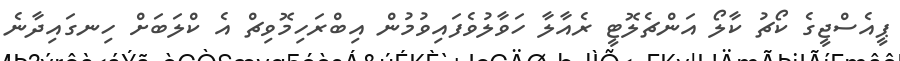
ޕީއެސްޖީގެ ކޯޗު ކާލޯ އަންޗެލޮޓީ ރެއާލާ ހަވާލުވެފައިވުމުން އިބްރަހިމޮވިޗް އެ ކްލަބަށް ހިނގައިދާނެ